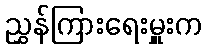
ညွှန်ကြားရေးမှူးက